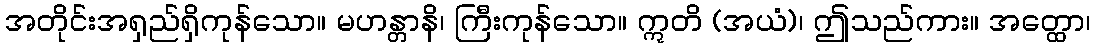
အတိုင်းအရှည်ရှိကုန်သော။ မဟန္တာနိ၊ ကြီးကုန်သော။ ဣတိ (အယံ)၊ ဤသည်ကား။ အတ္ထော၊